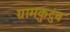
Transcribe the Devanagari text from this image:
ग्रामकुटुंब